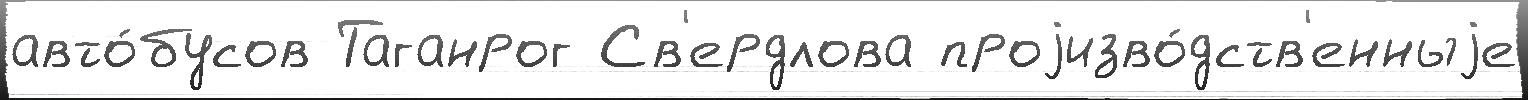
авто́бусов Таганрог Св'ердлова проjизво́дств'енныjе